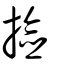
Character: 撿